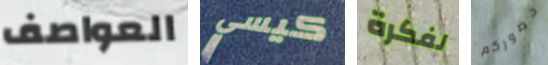
العواصف كيسي لفكرة حضوركم